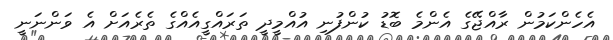
އެހެންކަމުން ރާއްޖޭގެ އެންމެ ބޮޑު ކުންފުނި އުއްމީދީ ތަރައްގީއެއްގެ ތެރެއަށް އެ ވަންނަނީ